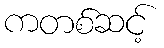
ကတစ်ဆင့်